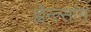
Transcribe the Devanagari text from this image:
ह्वेन्त्सांग